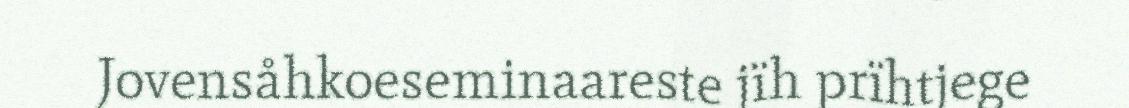
Jovensåhkoeseminaareste jïh prïhtjege